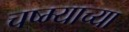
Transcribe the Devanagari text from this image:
चष्म्याच्या